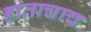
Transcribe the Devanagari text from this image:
हाताचाच